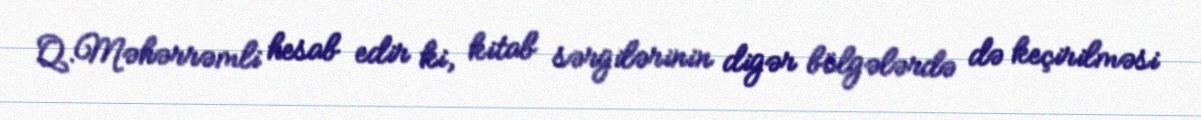
Q.Məhərrəmli hesab edir ki, kitab sərgilərinin digər bölgələrdə də keçirilməsi